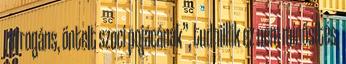
, arrogáns, öntelt szoci pojácának”, tudniillik ez nem minősítés,